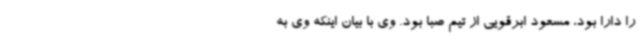
را دارا بود، مسعود ابرقویی از تیم صبا بود. وی با بیان اینکه وی به